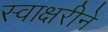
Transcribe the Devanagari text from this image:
स्वाक्षरीने